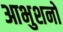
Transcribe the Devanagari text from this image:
आभुशनो